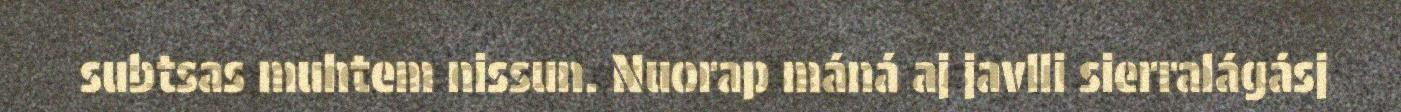
subtsas muhtem nissun. Nuorap máná aj javlli sierralágásj